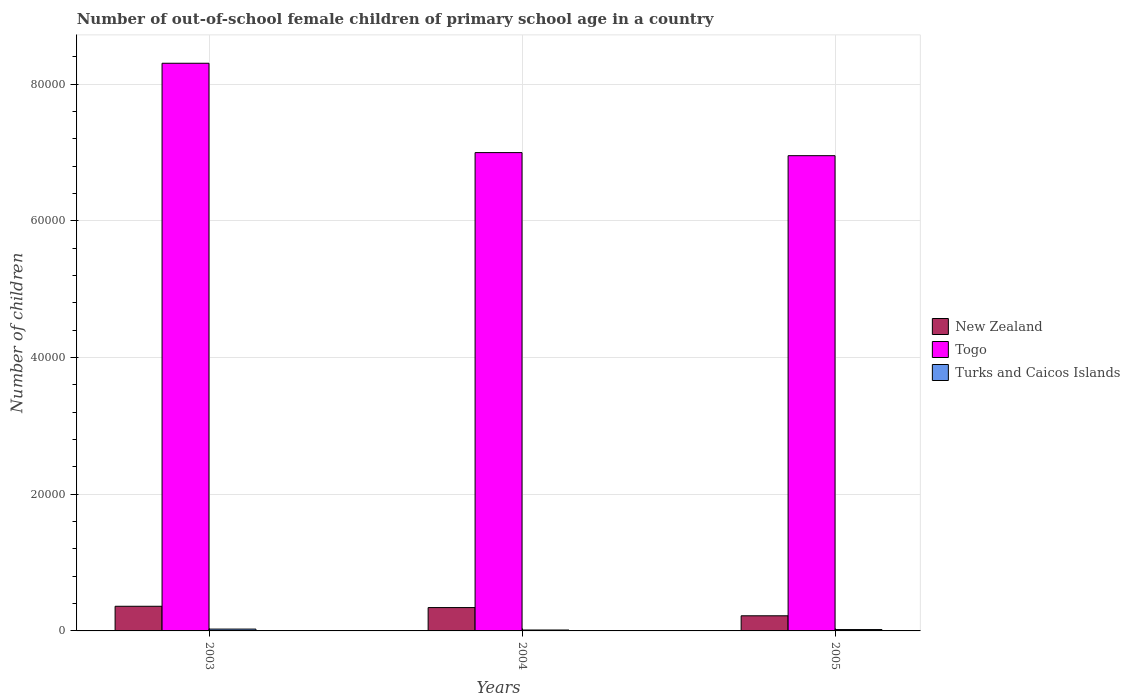
| Years | New Zealand | Togo | Turks and Caicos Islands |
 | --- | --- | --- | --- |
 | 2003 | 3.61e+03 | 8.31e+04 | 268 |
 | 2004 | 3.42e+03 | 7e+04 | 134 |
 | 2005 | 2.21e+03 | 6.95e+04 | 199 |